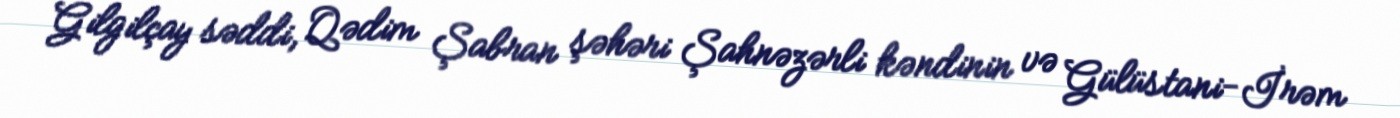
Gilgilçay səddi, Qədim Şabran şəhəri Şahnəzərli kəndinin və Gülüstani-İrəm